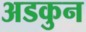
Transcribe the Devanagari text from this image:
अडकुन